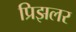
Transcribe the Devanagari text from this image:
प्रिझलर